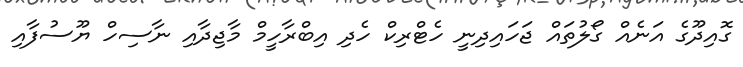
ގޮއިދޫގެ އަނެއް ގޯލުތައް ޖަހައިދިނީ ހެޓްރިކް ހެދި އިބްރާހީމް މާޖިދާއި ނާސިހް ޔޫސުފާއި